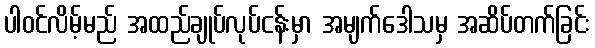
ပါဝင်လိမ့်မည် အထည်ချုပ်လုပ်ငန်းမှာ အမျက်ဒေါသမှ အဆိပ်တက်ခြင်း